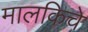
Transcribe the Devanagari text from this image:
मालकिचे